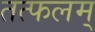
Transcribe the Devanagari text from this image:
तत्फलम्